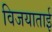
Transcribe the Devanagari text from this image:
विजयाताई